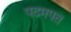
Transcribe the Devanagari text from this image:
पदमपत